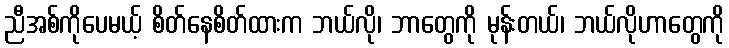
ညီအစ်ကိုပေမယ့် စိတ်နေစိတ်ထားက ဘယ်လို၊ ဘာတွေကို မုန်းတယ်၊ ဘယ်လိုဟာတွေကို